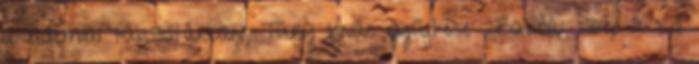
akadémiai tájszótárban, Túry Ignác gyűjtése: ,,Babba: szép a kis